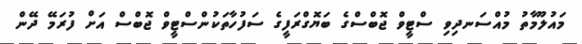
މައުލޫމާތު މުއްސަނދިވި ސްޓީވް ޖޮބްސްގެ ބަޔޮގްރަފީގެ ސަފުހާތަކުންސްޓީވް ޖޮބްސް އަށް ފުރަމޭ ދޭން